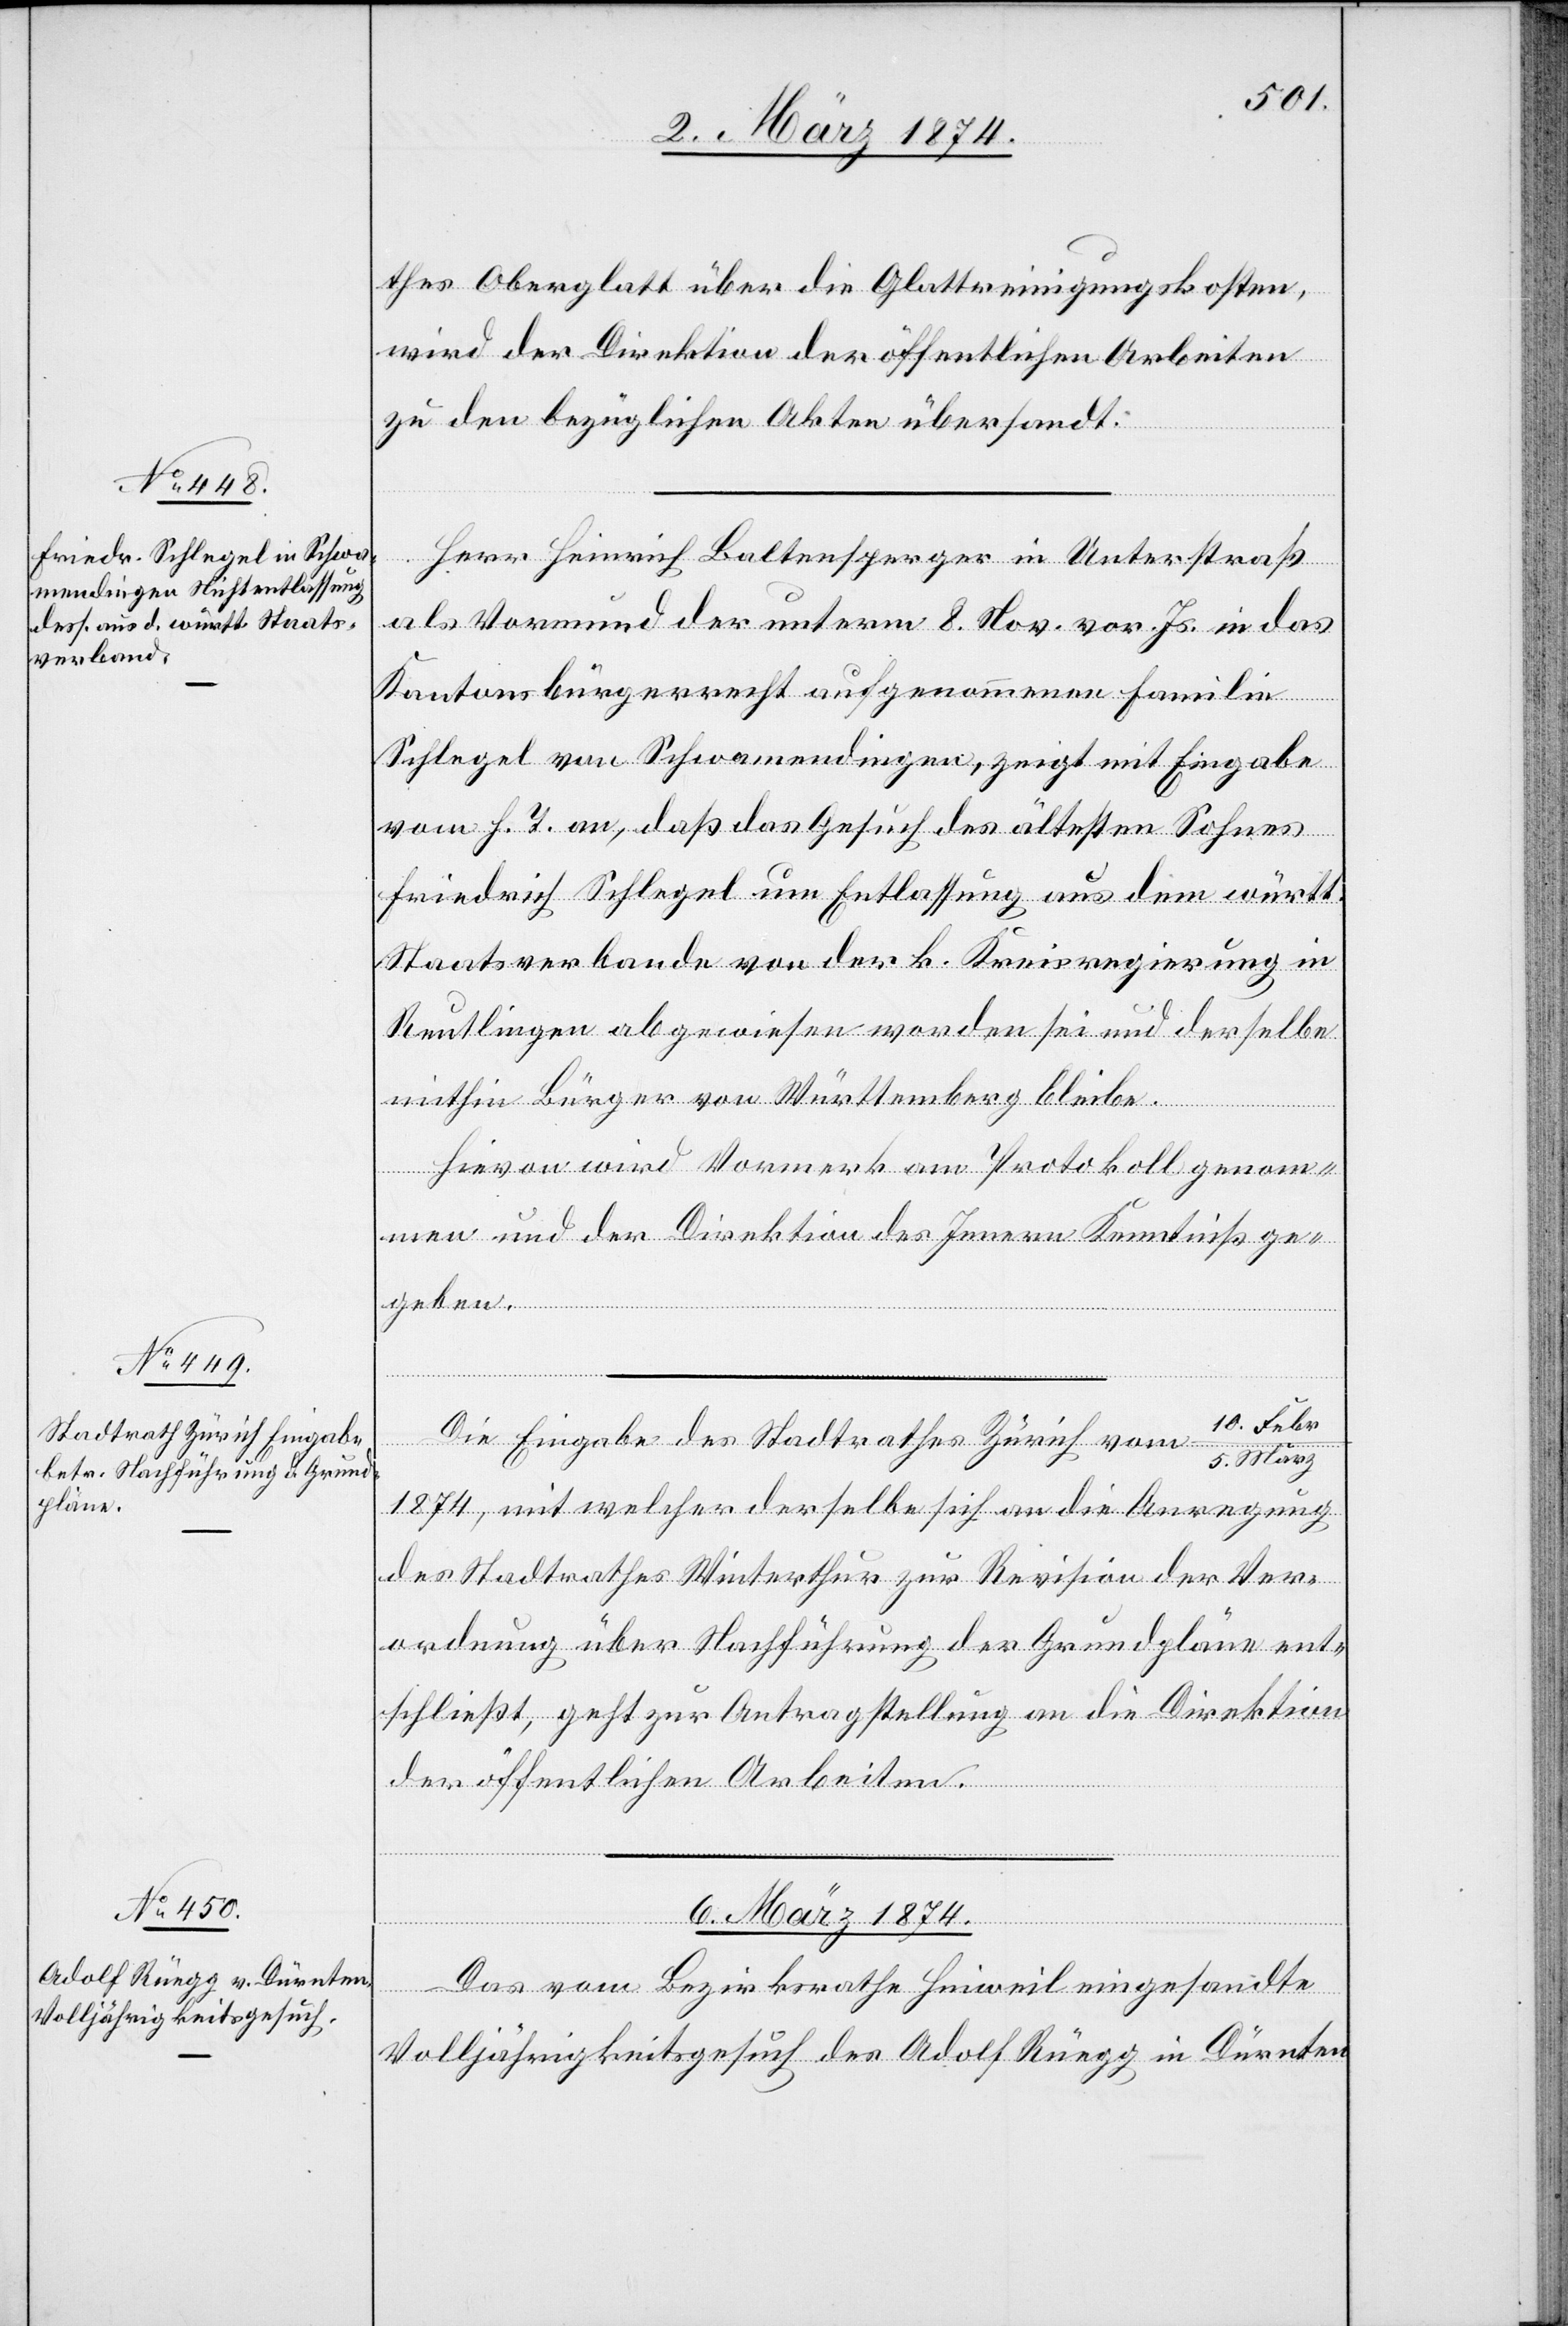
5. März 1874.]
thes Oberglatt über die Glattreinigungskosten,
wird der Direktion der öffentlichen Arbeiten
zu den bezüglichen Akten übersandt.
Herr Heinrich Baltensperger in Unterstraß
als Vormund der unterm 8. Nov. vor. Js. in das
Kantonsbürgerrecht aufgenommenen Familie
Schlegel von Schwamendingen, zeigt mit Eingabe
vom h. T. an, daß das Gesuch des ältesten Sohnes
Friedrich Schlegel um Entlassung aus dem württ.
Staatsverbande von der k. Kreisregierung in
Reutlingen abgewiesen worden sei und derselbe
mithin Bürger von Württemberg bleibe.
Hievon wird Vormerk am Protokoll genom¬
men und der Direktion des Innern Kenntniß ge¬
geben.
10. Febr.
Die Eingabe des Stadtrathes Zürich vom
5. März
1874, mit welcher derselbe sich an die Anregung
des Stadtrathes Winterthur zur Revision der Ver¬
ordnung über Nachführung der Grundpläne ent¬
schließt, geht zur Antragstellung an die Direktion
der öffentlichen Arbeiten.
6. März 1874.
Das vom Bezirksrath Hinweil eingesandte
Volljährigkeitsgesuch des Adolf Rüegg in Dürnten